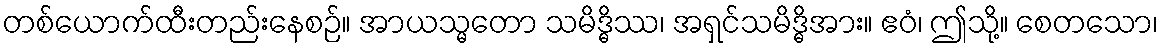
တစ်ယောက်ထီးတည်းနေစဉ်။ အာယသ္မတော သမိဒ္ဓိဿ၊ အရှင်သမိဒ္ဓိအား။ ဧဝံ၊ ဤသို့။ စေတသော၊